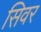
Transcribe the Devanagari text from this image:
सिवर